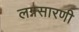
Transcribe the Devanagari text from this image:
लग्नसारणी